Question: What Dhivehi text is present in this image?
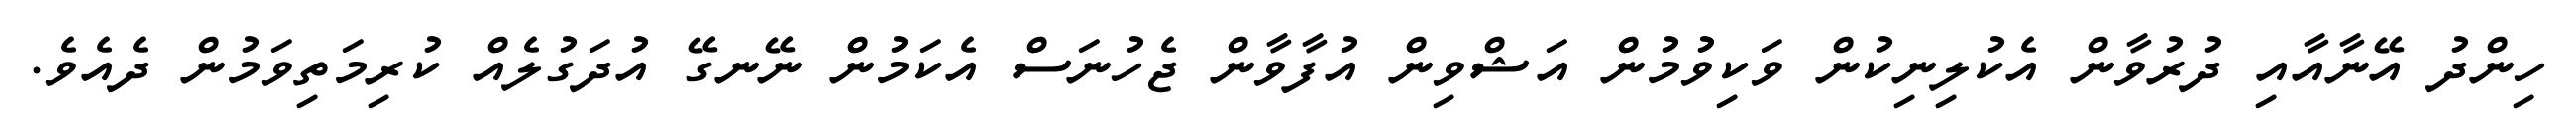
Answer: ހިންދު އޭނާއާއި ދުރުވާން އެކުލިނިކުން ވަކިވުމުން އަޝްވިން އުފާވާން ޖެހުނަސް އެކަމުން ނޭނގޭ އުދަގުލެއް ކުރިމަތިވަމުން ދެއެވެ.